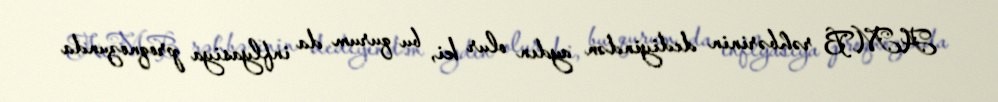
AMB rəhbərinin dediyindən aydın olur ki, bu qurum da inflyasiya proqnozunda